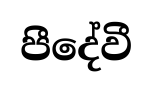
පීදේවී